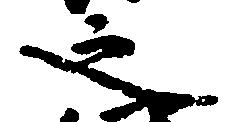
之